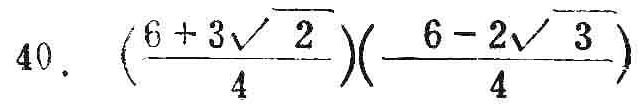
\(40.\left(\frac{6 + 3\sqrt{2}}{4}\right)\left(\frac{6 - 2\sqrt{3}}{4}\right)\)